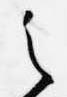
之